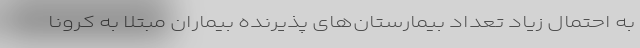
به احتمال زیاد تعداد بیمارستان‌های پذیرنده بیماران مبتلا به کرونا